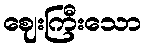
ဈေးကြီးသော